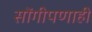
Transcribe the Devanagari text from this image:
सोंगीपणाही